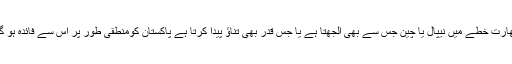
بھارت خطے میں نیپال یا چین جس سے بھی الجھتا ہے یا جس قدر بھی تناؤ پیدا کرتا ہے پاکستان کومنطقی طور پر اس سے فائدہ ہو گا۔